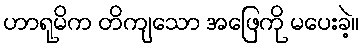
ဟာရုမိက တိကျသော အဖြေကို မပေးခဲ့။